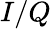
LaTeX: I/Q